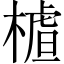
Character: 𣙁